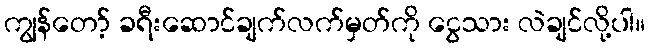
ကျွန်တော့် ခရီးဆောင်ချက်လက်မှတ်ကို ငွေသား လဲချင်လို့ပါ။